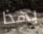
بهذا